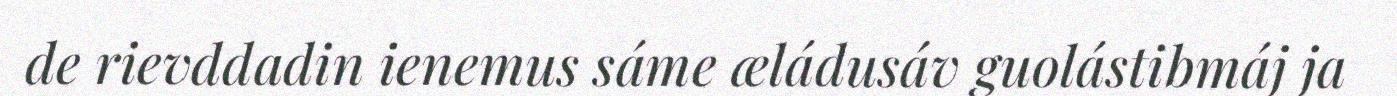
de rievddadin ienemus sáme æládusáv guolástibmáj ja